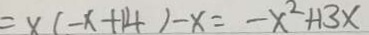
= x ( - x + 1 4 ) - x = - x ^ { 2 } + 1 3 x